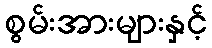
စွမ်းအားများနှင့်